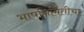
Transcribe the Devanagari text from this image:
भाषनिर्मितीचा